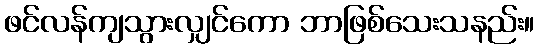
ဖင်လန်ကျသွားလျှင်ကော ဘာဖြစ်သေးသနည်း။